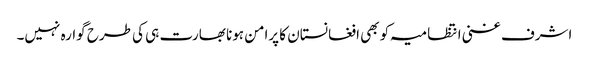
اشرف غنی انتظامیہ کو بھی افغانستان کا پرامن ہونا بھارت ہی کی طرح گوارہ نہیں۔